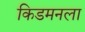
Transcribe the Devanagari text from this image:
किडमनला